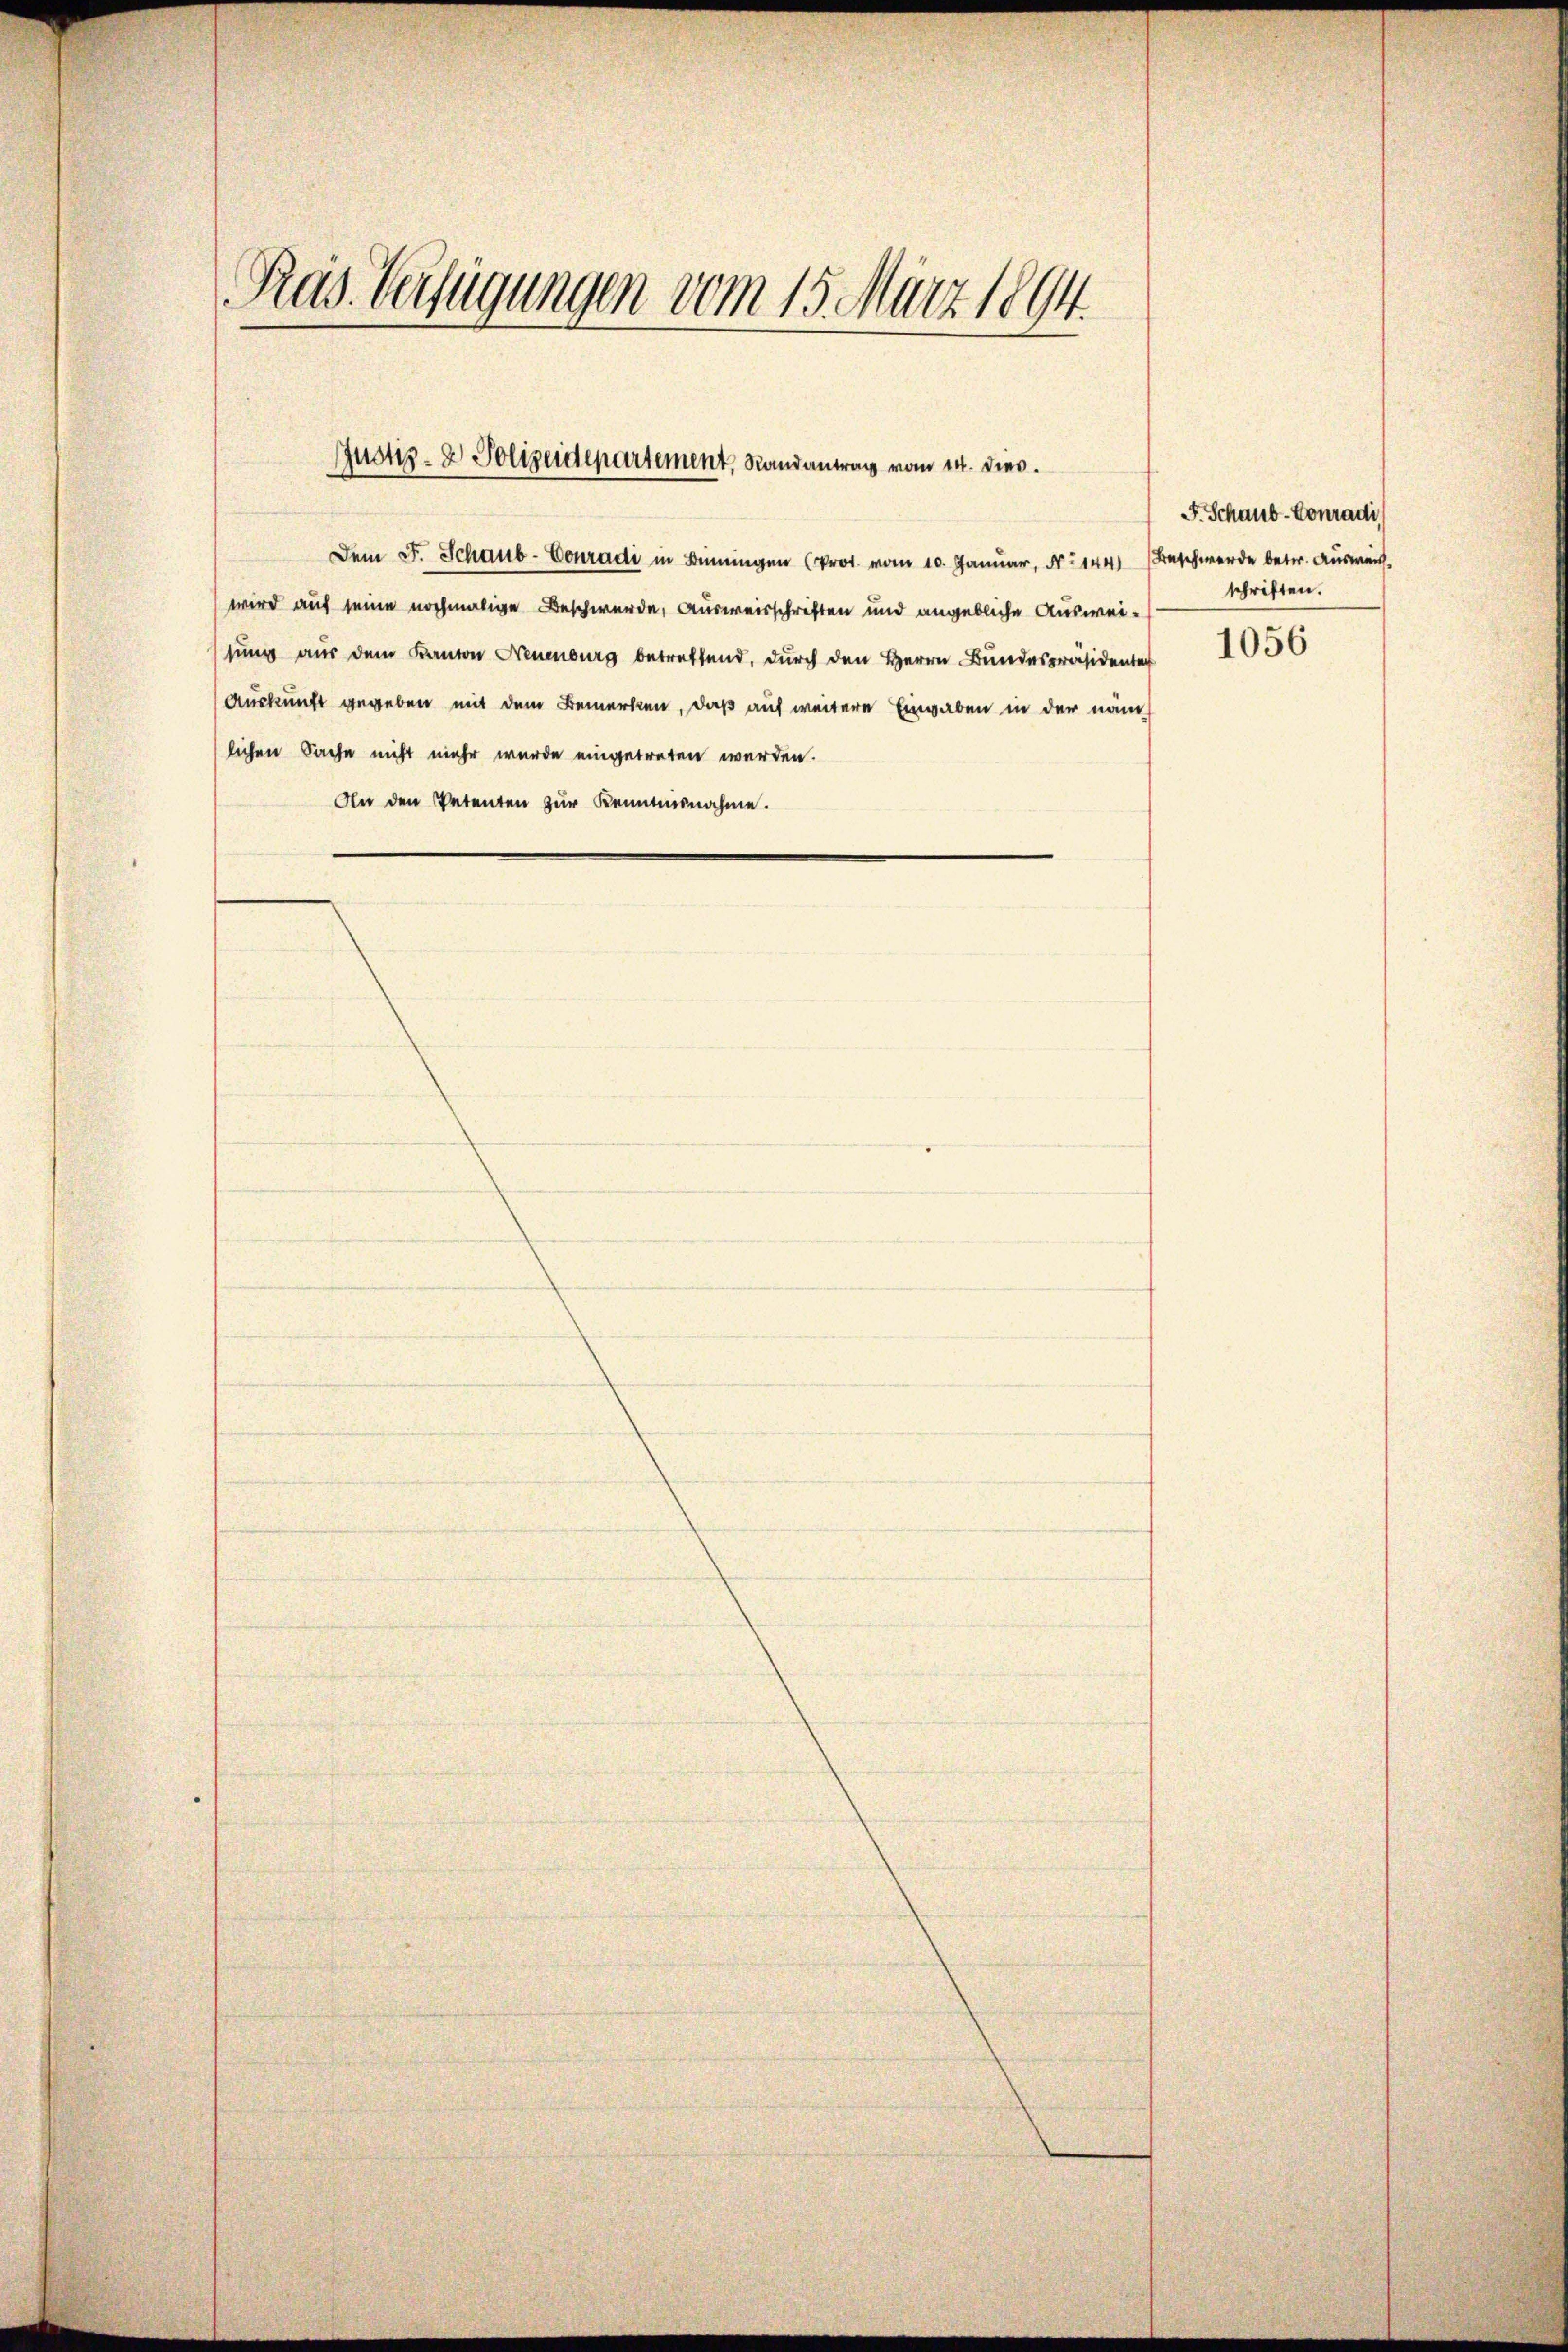
Pras Verfügungen vom 15. März 1894.

Dem F. Schaus-Conradi in Benningen (Prot. vom 10. Januar, No 144) Beschwerde betr. Ausweis
wird auf seine nochmalige Beschwerde, Ausweisschriften und angebliche Ausweisung aus dem Kanton Neuenburg betreffend, durch den Herrn Bundespräsidenten
Auskunft gegeben mit dem Bemerken, daß auf weitere Eingaben in der näm
lichen Sache nicht mehr wurde eingetreten werden.
An den Petenten zur Kenntnisnahme.

Justiz- & Polizeidepartement, Randantrag vom 14. dies

F. Schaus-Conradi
schriften.

1056